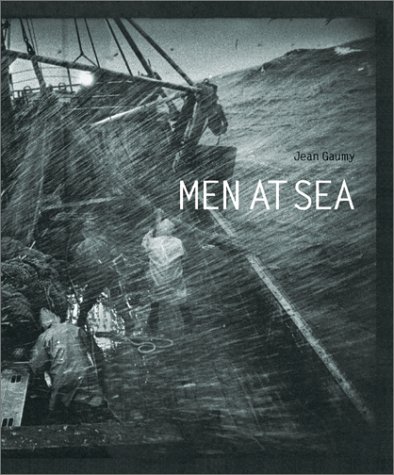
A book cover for Men At Sea; Arts & Photography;